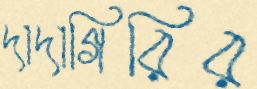
দাদাগিরির